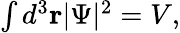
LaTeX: \begin{array}{r}{\int d^{3}{\mathbf r}|\Psi|^{2}=V,}\end{array}